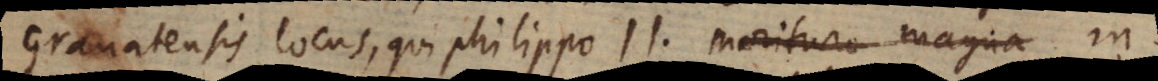
Granatensis locus, qui Philippo II. morituro magna in